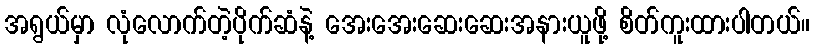
အရွယ်မှာ လုံလောက်တဲ့ပိုက်ဆံနဲ့ အေးအေးဆေးဆေးအနားယူဖို့ စိတ်ကူးထားပါတယ်။